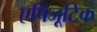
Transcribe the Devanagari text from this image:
एपिजूटिक